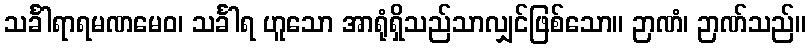
သင်္ခါရာရမဏမေဝ၊ သင်္ခါရ ဟူသော အာရုံရှိသည်သာလျှင်ဖြစ်သော။ ဉာဏံ၊ ဉာဏ်သည်။